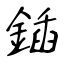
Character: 鍤